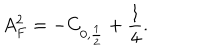
LaTeX: A _ { F } ^ { 2 } = - C _ { 0 , \frac { 1 } { 2 } } + \frac { 1 } { 4 } .